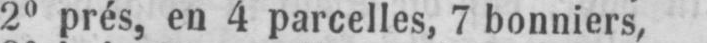
2° prés, en 4 parcelles, 7 bonniers,